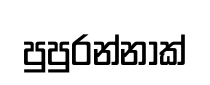
පුපුරන්නාක්